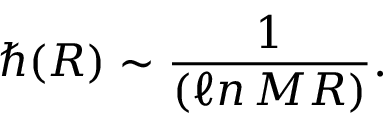
\hbar ( R ) \sim \frac { 1 } { ( \ell n \, M R ) } .